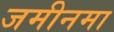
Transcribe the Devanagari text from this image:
जमीनमा